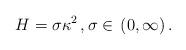
LaTeX: \begin{align*}H= \sigma \kappa^2\,,\sigma \in\,(0,\infty) \,.\end{align*}